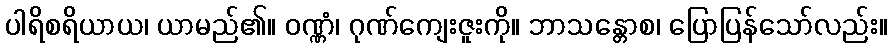
ပါရိစရိယာယ၊ ယာမည်၏။ ဝဏ္ဏံ၊ ဂုဏ်ကျေးဇူးကို။ ဘာသန္တောစ၊ ပြောပြန်သော်လည်း။